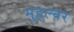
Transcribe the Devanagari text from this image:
मुहल्बर